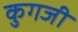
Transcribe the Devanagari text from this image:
कुगजी